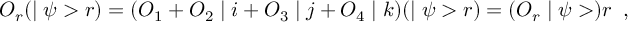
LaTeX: { \cal O } _ { r } ( \mid \psi > r ) = ( { \cal O } _ { 1 } + { \cal O } _ { 2 } \mid i + { \cal O } _ { 3 } \mid j + { \cal O } _ { 4 } \mid k ) ( \mid \psi > r ) = ( { \cal O } _ { r } \mid \psi > ) r \; \; ,